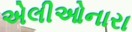
એલીઓનારા